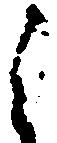
之